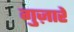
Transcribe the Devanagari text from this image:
गुज़ारें